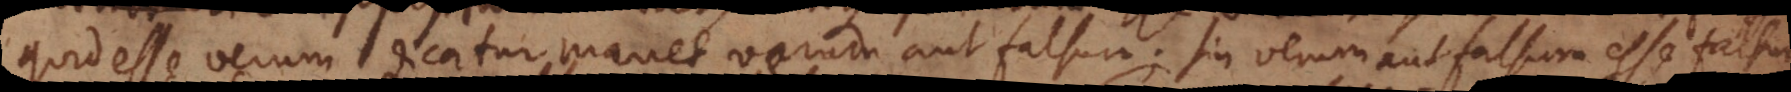
quid esse verum dicatur, manet verum aut falsum; sin verum aut falsum esse falsum